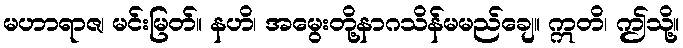
မဟာရာဇ၊ မင်းမြတ်။ နဟိ၊ အမွေးတို့နာဂသိန်မမည်ချေ။ ဣတိ၊ ဤသို့။